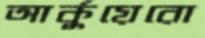
আর্কুয়েরো